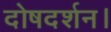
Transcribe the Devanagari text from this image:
दोषदर्शन।